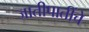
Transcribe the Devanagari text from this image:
जातीपातींचे